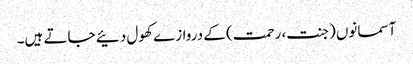
آسمانوں (جنت، رحمت) کے دروازے کھول دئیے جاتے ہیں۔